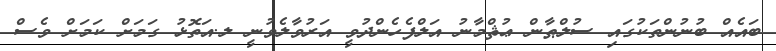
ބައެއް ބުނުންތަކުގައި ސުލްޠާން ޢުޘްމާނު އަލްފެހެންދުވީ އަރުވާލެވުނީ ލ.އަތޮޅު ގަމަށް ކަމަށް ވެސް